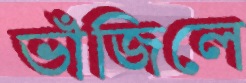
ভাঁজিলে